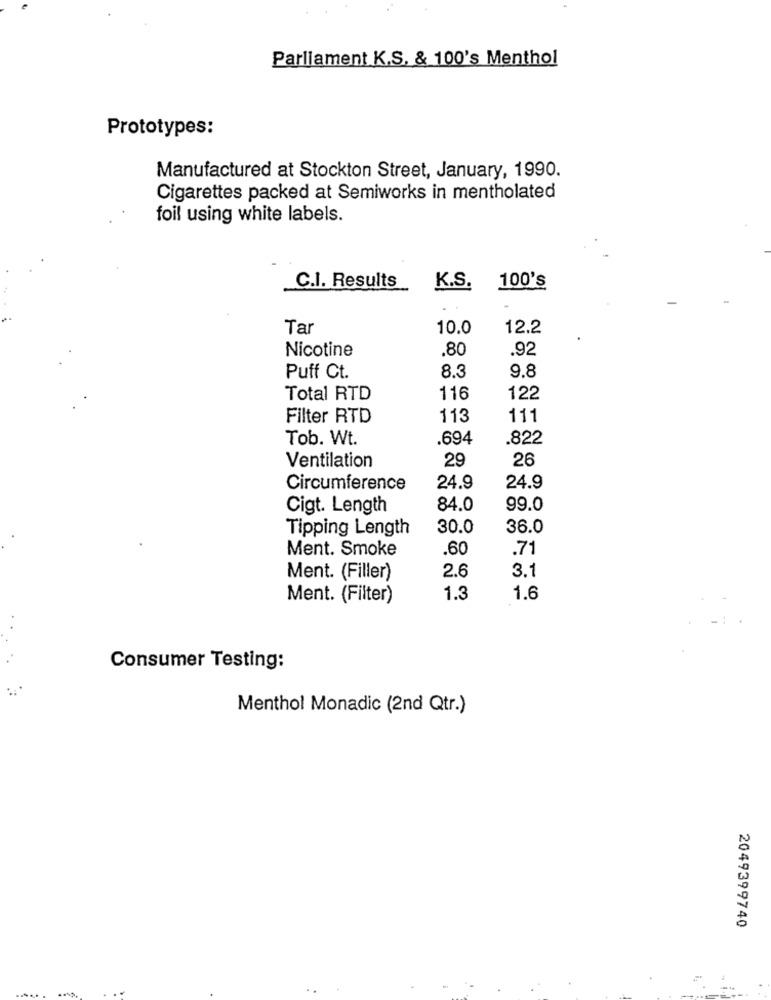
Parliament K.S. & 100's Menthol
Prototypes:
Manufactured at Stockton Street, January, 1990.
Cigarettes packed at Semiworks in mentholated
foil using white labels.
C.I. Results
K.S.
100's
Tar
10.0
12.2
Nicotine
.80
.92
Puff Ct.
8.3
9.8
Total RTD
116
122
Filter RTD
113
111
Tob. Wt.
.694
.822
26
Ventilation
29
Circumference
24.9
24.9
Cigt. Length
84.0
99.0
Tipping Length
30.0
36.0
Ment. Smoke
.60
.71
Ment. (Filler)
2.6
3.1
Ment. (Filter)
1.3
1.6
Consumer Testing:
Menthol Monadic (2nd Qtr.)
2049399740